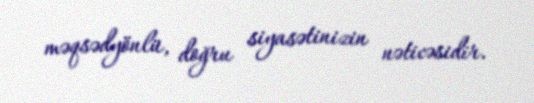
məqsədyönlü, doğru siyasətinizin nəticəsidir.